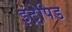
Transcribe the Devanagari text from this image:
इंट्रेपिड